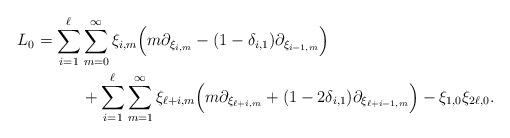
LaTeX: \begin{align*}L_0 = \sum_{i=1}^\ell & \sum_{m=0}^\infty \xi_{i,m}\Big(m\partial_{\xi_{i,m}}-(1-\delta_{i,1})\partial_{\xi_{i-1,m}}\Big)\\ &+\sum_{i=1}^\ell\sum_{m=1}^\infty\xi_{\ell+i,m}\Big(m\partial_{\xi_{\ell+i,m}}+(1-2\delta_{i,1})\partial_{\xi_{\ell+i-1,m}}\Big) -\xi_{1,0}\xi_{2\ell,0}.\end{align*}